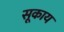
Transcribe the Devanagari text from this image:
सूकाय